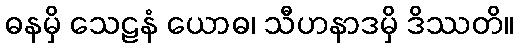
ဓနမှိ သေဠနံ ယောဓ၊ သီဟနာဒမှိ ဒိဿတိ။